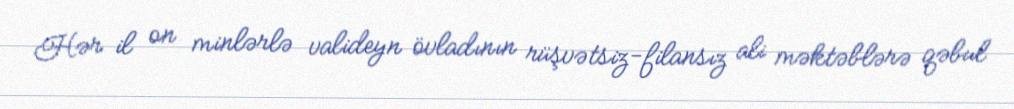
Hər il on minlərlə valideyn övladının rüşvətsiz-filansız ali məktəblərə qəbul